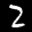
Label: 2